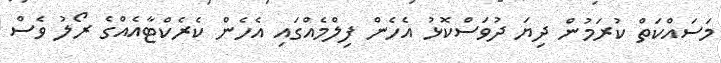
މަސައްކަތް ކުރަމުން ދިޔަ ދުވަސްކޮޅު އެހެން ފިލްމެއްގައި އެހެން ކެރެކްޓާއެއްގެ ރޯލު ވެސް